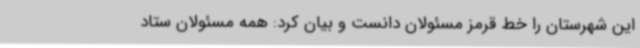
این شهرستان را خط قرمز مسئولان دانست و بیان کرد: همه مسئولان ستاد